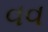
વવ